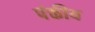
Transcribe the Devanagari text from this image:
पंक्तीय